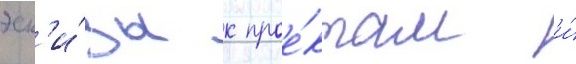
эск'и́зы к прое́ктам и́